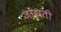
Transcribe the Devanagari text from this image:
जोहाती